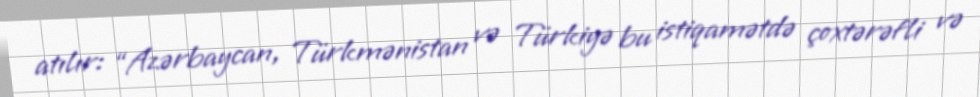
atılır: “Azərbaycan, Türkmənistan və Türkiyə bu istiqamətdə çoxtərəfli və